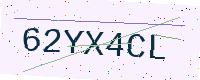
Text: 62YX4CL